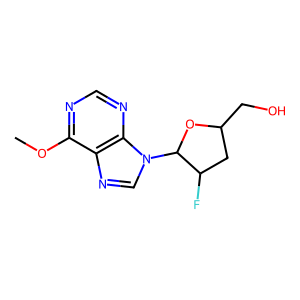
SMILES: COc1ncnc2c1ncn2C1OC(CO)CC1F
Inhibits HIV replication: No